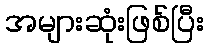
အများဆုံးဖြစ်ပြီး